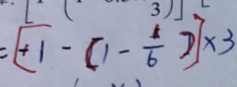
= [ + 1 - ( 1 - \frac { 1 } { 6 } ) ] \times 3